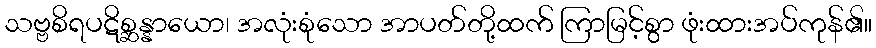
သဗ္ဗစိရပဋိစ္ဆန္နာယော၊ အလုံးစုံသော အာပတ်တို့ထက် ကြာမြင့်စွာ ဖုံးထားအပ်ကုန်၏။